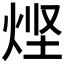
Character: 𰞤